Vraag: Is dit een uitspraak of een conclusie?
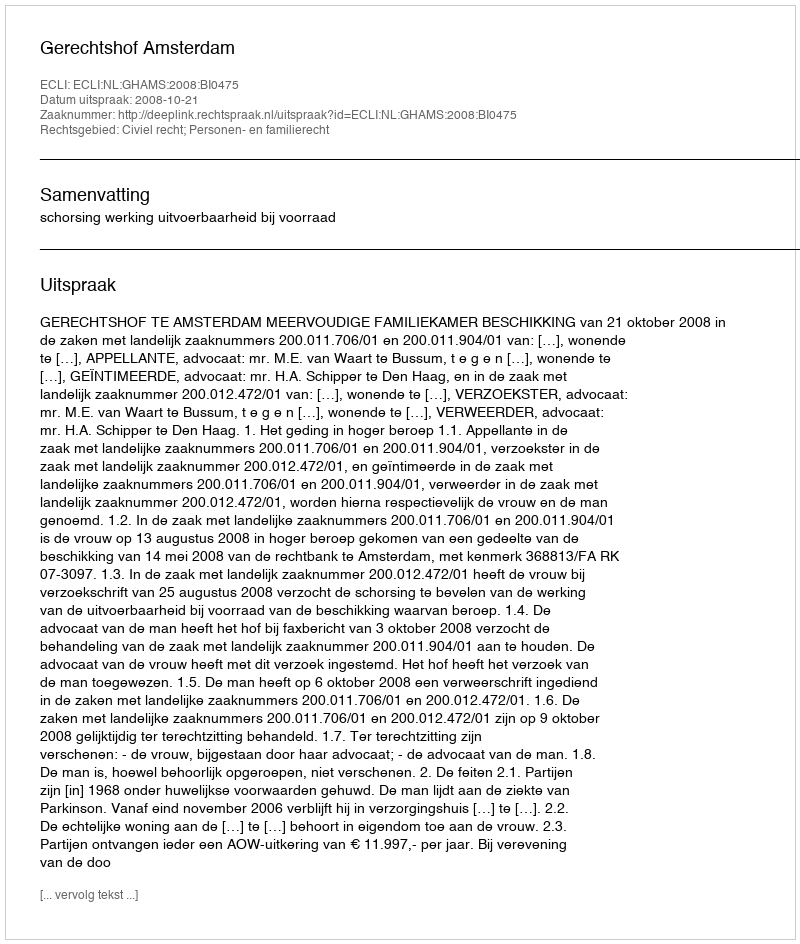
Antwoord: Uitspraak